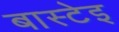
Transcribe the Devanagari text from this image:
बास्टेइ